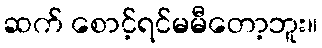
ဆက် စောင့်ရင်မမီတော့ဘူး။